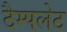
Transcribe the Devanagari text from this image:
टैम्पलेट